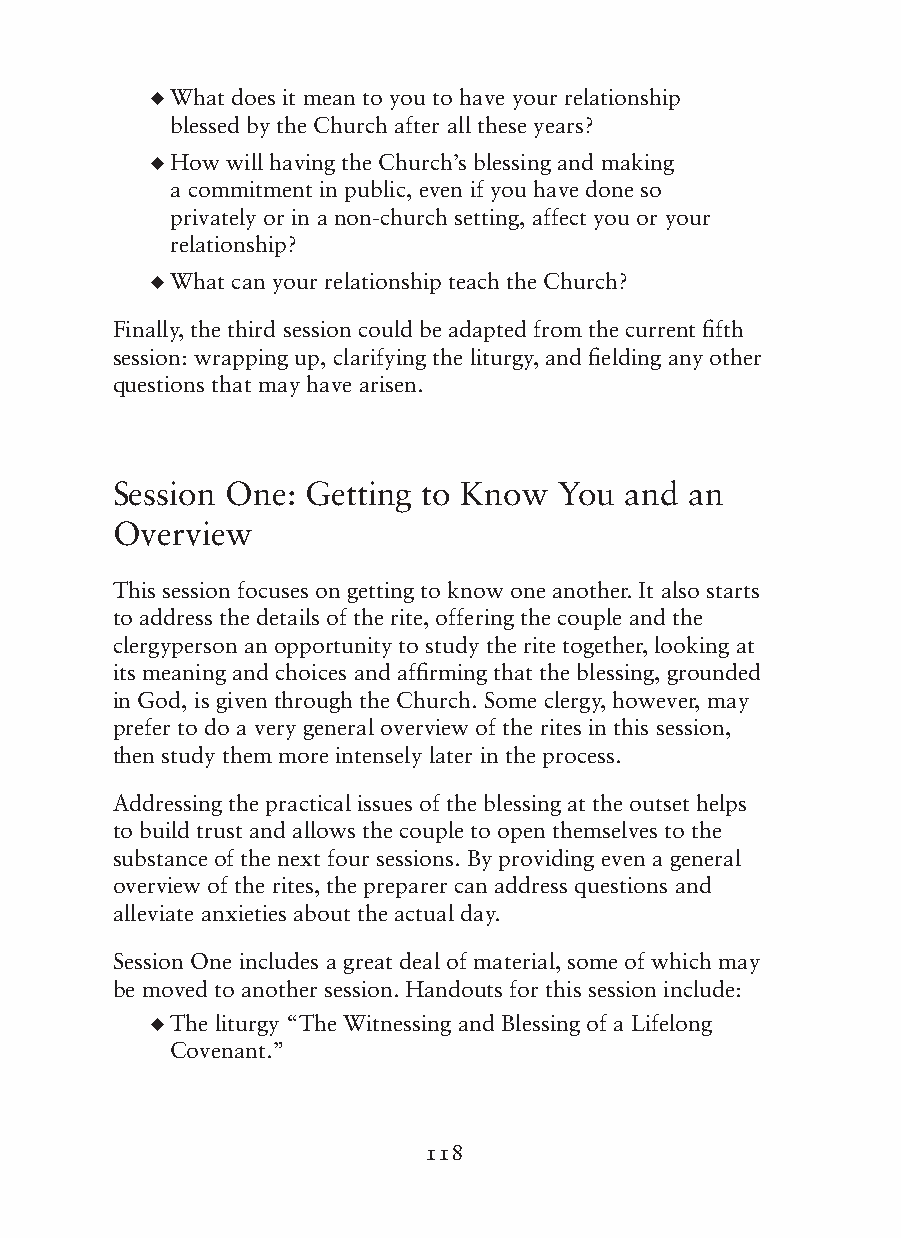
◆ W hat does it mean to you to have your relationship
 blessed by the Church after all these years?
 ◆ H ow will having the Church’s blessing and making
 a commitment in public, even if you have done so
 privately or in a non-church setting, affect you or your
 relationship?
 ◆ W hat can your relationship teach the Church?
 Finally, the third session could be adapted from the current fifth
 session: wrapping up, clarifying the liturgy, and fielding any other
 questions that may have arisen.
 Session One: Getting to Know  You and  an
 Overview
 This session focuses on getting to know one another. It also starts
 to address the details of the rite, offering the couple and the
 clergyperson an opportunity to study the rite together, looking at
 its meaning and choices and affirming that the blessing, grounded
 in God, is given through the Church. Some clergy, however, may
 prefer to do a very general overview of the rites in this session,
 then study them more intensely later in the process.
 Addressing the practical issues of the blessing at the outset helps
 to build trust and allows the couple to open themselves to the
 substance of the next four sessions. By providing even a general
 overview of the rites, the preparer can address questions and
 alleviate anxieties about the actual day.
 Session One includes a great deal of material, some of which may
 be moved to another session. Handouts for this session include:
 ◆ T he liturgy “The Witnessing and Blessing of a Lifelong
 Covenant.”
 118